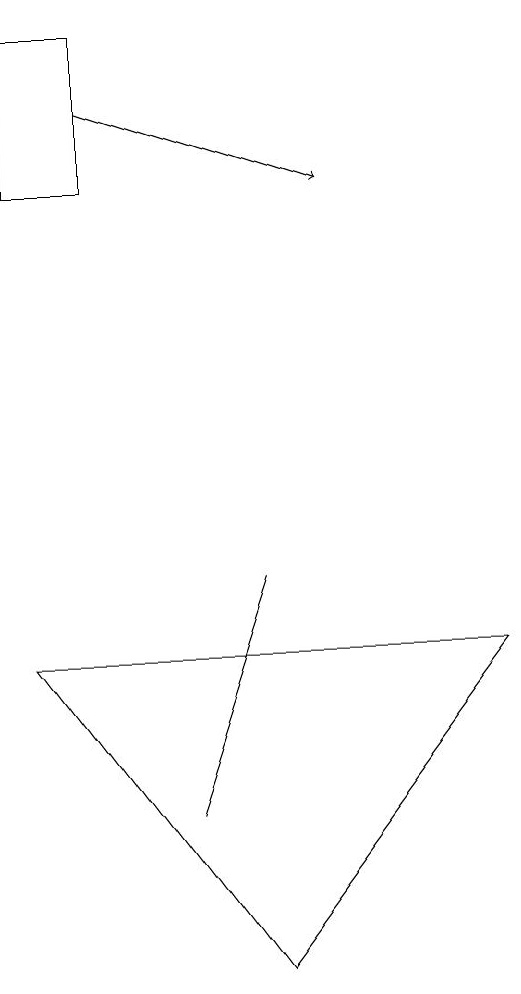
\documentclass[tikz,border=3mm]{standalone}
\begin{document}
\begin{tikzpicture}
\draw (7,7) -- (1,7) -- (4,3) -- cycle;
\draw (2,15) rectangle (1,13);
\draw[->] (2,14) -- (5,13);
\draw (3,5) -- (3,5) -- (4,8) -- cycle;
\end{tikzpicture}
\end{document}